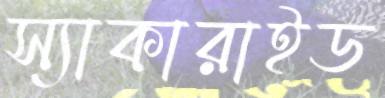
স্যাকারাইড